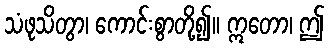
သံဖုသိတွာ၊ ကောင်းစွာတို့၍။ ဣတော၊ ဤ